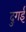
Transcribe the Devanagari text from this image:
दुगई